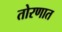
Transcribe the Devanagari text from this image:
तोरणात